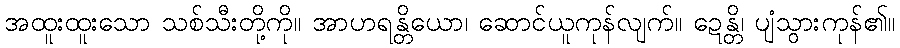
အထူးထူးသော သစ်သီးတို့ကို။ အာဟရန္တိယော၊ ဆောင်ယူကုန်လျက်။ ဍေန္တိ၊ ပျံသွားကုန်၏။